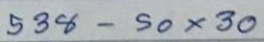
538 - 50x30